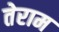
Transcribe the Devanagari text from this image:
तेराम